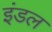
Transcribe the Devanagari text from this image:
इंडल